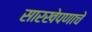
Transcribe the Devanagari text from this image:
सारखेपणाचे